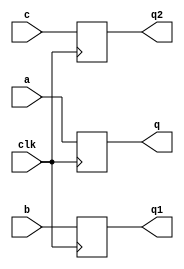
`timescale 1ns / 1ps
//////////////////////////////////////////////////////////////////////////////////
// Company: 
// Engineer: 
// 
// Design Name: 
// Module Name: carry_pipe
// Project Name: 
// Target Devices: 
// Tool Versions: 
// Description: 
// 
// Dependencies: 
// 
// Revision:
// Revision 0.01 - File Created
// Additional Comments:
// 
//////////////////////////////////////////////////////////////////////////////////
module d_ff ( a,b,c, clk, q,q1,q2);
   input a,b,c,clk;
   output q, q1,q2;
   wire clk;
   reg q, q1,q2;
     	 
   always @ (posedge clk)
   begin
    q <= a;
    q1<=b;
    q2 <= c;
 end

endmodule


module dff1 (s,cout,clk,q3,cout1);
   input s,clk,cout;
   output q3,cout1;
   wire clk;
   reg q3,cout1;
     	 
   always @ (posedge clk)
   begin
    q3 <= s;
    cout1 <= cout;
   
 end

endmodule


module carry_pipe(cout1,q3,a,b,cin,clk);
output [31:0]q3;
output cout1;
input [31:0]a,b;
input clk;
input cin;
wire [31:0]g,p,c,s;
wire cin1,cout;
wire [31:0]q,q1,q2,q3;

assign g=a&b;
assign p=a^b;

d_ff faa(a[0],b[0],cin,clk,q[0],q1[0],cin1);
assign c[0]=g[0]|(p[0]&cin);
d_ff f0(a[0],b[0],c[0],clk,q[0],q1[0],q2[0]);


assign c[1]=g[1]|(p[1]&(g[0]|(p[0]&cin)));
d_ff f1(a[1],b[1],c[1],clk,q[1],q1[1],q2[1]);

assign c[2]=g[2]|(p[2]&(g[1]|(p[1]&(g[0]|(p[0]&cin)))));
d_ff f2(a[2],b[2],c[2],clk,q[2],q1[2],q2[2]);

assign c[3]=g[3]|(p[3]&(g[2]|(p[2]&(g[1]|(p[1]&(g[0]|(p[0]&cin)))))));
d_ff f3(a[3],b[3],c[3],clk,q[3],q1[3],q2[3]);

assign c[4]=g[4]|(p[4]&(g[3]|(p[3]&(g[2]|(p[2]&(g[1]|(p[1]&(g[0]|(p[0]&cin)))))))));
d_ff f4(a[4],b[4],c[4],clk,q[4],q1[4],q2[4]);

assign c[5]=g[5]|(p[5]&(g[4]|(p[4]&(g[3]|(p[3]&(g[2]|(p[2]&(g[1]|(p[1]&(g[0]|(p[0]&cin)))))))))));
d_ff f5(a[5],b[5],c[5],clk,q[5],q1[5],q2[5]);

assign c[6]=g[6]|(p[6]&(g[5]|(p[5]&(g[4]|(p[4]&(g[3]|(p[3]&(g[2]|(p[2]&(g[1]|(p[1]&(g[0]|(p[0]&cin)))))))))))));
d_ff f6(a[6],b[6],c[6],clk,q[6],q1[6],q2[6]);

assign c[7]=g[7]|(p[7]&(g[6]|(p[6]&(g[5]|(p[5]&(g[4]|(p[4]&(g[3]|(p[3]&(g[2]|(p[2]&(g[1]|(p[1]&(g[0]|(p[0]&cin)))))))))))))));
d_ff f7(a[7],b[7],c[7],clk,q[7],q1[7],q2[7]);

assign c[8]=g[8]|(p[8]&(g[7]|(p[7]&(g[6]|(p[6]&(g[5]|(p[5]&(g[4]|(p[4]&(g[3]|(p[3]&(g[2]|(p[2]&(g[1]|(p[1]&(g[0]|(p[0]&cin)))))))))))))))));
d_ff f8(a[8],b[8],c[8],clk,q[8],q1[8],q2[8]);

assign c[9]=g[9]|(p[9]&(g[8]|(p[8]&(g[7]|(p[7]&(g[6]|(p[6]&(g[5]|(p[5]&(g[4]|(p[4]&(g[3]|(p[3]&(g[2]|(p[2]&(g[1]|(p[1]&(g[0]|(p[0]&cin)))))))))))))))))));
d_ff f9(a[9],b[9],c[9],clk,q[9],q1[9],q2[9]);

assign c[10]=g[10]|(p[10]&(g[9]|(p[9]&(g[8]|(p[8]&(g[7]|(p[7]&(g[6]|(p[6]&(g[5]|(p[5]&(g[4]|(p[4]&(g[3]|(p[3]&(g[2]|(p[2]&(g[1]|(p[1]&(g[0]|(p[0]&cin)))))))))))))))))))));
d_ff f10(a[10],b[10],c[10],clk,q[10],q1[10],q2[10]);

assign c[11]=g[11]|(p[11]&(g[10]|(p[10]&(g[9]|(p[9]&(g[8]|(p[8]&(g[7]|(p[7]&(g[6]|(p[6]&(g[5]|(p[5]&(g[4]|(p[4]&(g[3]|(p[3]&(g[2]|(p[2]&(g[1]|(p[1]&(g[0]|(p[0]&cin)))))))))))))))))))))));
d_ff f11(a[11],b[11],c[11],clk,q[11],q1[11],q2[11]);

assign c[12]=g[12]|(p[12]&(g[11]|(p[11]&(g[10]|(p[10]&(g[9]|(p[9]&(g[8]|(p[8]&(g[7]|(p[7]&(g[6]|(p[6]&(g[5]|(p[5]&(g[4]|(p[4]&(g[3]|(p[3]&(g[2]|(p[2]&(g[1]|(p[1]&(g[0]|(p[0]&cin)))))))))))))))))))))))));
d_ff f12(a[12],b[12],c[12],clk,q[12],q1[12],q2[12]);

assign c[13]=g[13]|(p[13]&(g[12]|(p[12]&(g[11]|(p[11]&(g[10]|(p[10]&(g[9]|(p[9]&(g[8]|(p[8]&(g[7]|(p[7]&(g[6]|(p[6]&(g[5]|(p[5]&(g[4]|(p[4]&(g[3]|(p[3]&(g[2]|(p[2]&(g[1]|(p[1]&(g[0]|(p[0]&cin)))))))))))))))))))))))))));
d_ff f13(a[13],b[13],c[13],clk,q[13],q1[13],q2[13]);

assign c[14]=g[14]|(p[14]&(g[13]|(p[13]&(g[12]|(p[12]&(g[11]|(p[11]&(g[10]|(p[10]&(g[9]|(p[9]&(g[8]|(p[8]&(g[7]|(p[7]&(g[6]|(p[6]&(g[5]|(p[5]&(g[4]|(p[4]&(g[3]|(p[3]&(g[2]|(p[2]&(g[1]|(p[1]&(g[0]|(p[0]&cin)))))))))))))))))))))))))))));
d_ff f14(a[14],b[14],c[14],clk,q[14],q1[14],q2[14]);

assign c[15]=g[15]|(p[15]&(g[14]|(p[14]&(g[13]|(p[13]&(g[12]|(p[12]&(g[11]|(p[11]&(g[10]|(p[10]&(g[9]|(p[9]&(g[8]|(p[8]&(g[7]|(p[7]&(g[6]|(p[6]&(g[5]|(p[5]&(g[4]|(p[4]&(g[3]|(p[3]&(g[2]|(p[2]&(g[1]|(p[1]&(g[0]|(p[0]&cin)))))))))))))))))))))))))))))));
d_ff f15(a[15],b[15],c[15],clk,q[15],q1[15],q2[15]);

assign c[16]=g[16]|(p[16]&(g[15]|(p[15]&(g[14]|(p[14]&(g[13]|(p[13]&(g[12]|(p[12]&(g[11]|(p[11]&(g[10]|(p[10]&(g[9]|(p[9]&(g[8]|(p[8]&(g[7]|(p[7]&(g[6]|(p[6]&(g[5]|(p[5]&(g[4]|(p[4]&(g[3]|(p[3]&(g[2]|(p[2]&(g[1]|(p[1]&(g[0]|(p[0]&cin)))))))))))))))))))))))))))))))));
d_ff f16(a[16],b[16],c[16],clk,q[16],q1[16],q2[16]);

assign c[17]=g[17]|(p[17]&(g[16]|(p[16]&(g[15]|(p[15]&(g[14]|(p[14]&(g[13]|(p[13]&(g[12]|(p[12]&(g[11]|(p[11]&(g[10]|(p[10]&(g[9]|(p[9]&(g[8]|(p[8]&(g[7]|(p[7]&(g[6]|(p[6]&(g[5]|(p[5]&(g[4]|(p[4]&(g[3]|(p[3]&(g[2]|(p[2]&(g[1]|(p[1]&(g[0]|(p[0]&cin)))))))))))))))))))))))))))))))))));
d_ff f17(a[17],b[17],c[17],clk,q[17],q1[17],q2[17]);

assign c[18]=g[18]|(p[18]&(g[17]|(p[17]&(g[16]|(p[16]&(g[15]|(p[15]&(g[14]|(p[14]&(g[13]|(p[13]&(g[12]|(p[12]&(g[11]|(p[11]&(g[10]|(p[10]&(g[9]|(p[9]&(g[8]|(p[8]&(g[7]|(p[7]&(g[6]|(p[6]&(g[5]|(p[5]&(g[4]|(p[4]&(g[3]|(p[3]&(g[2]|(p[2]&(g[1]|(p[1]&(g[0]|(p[0]&cin)))))))))))))))))))))))))))))))))))));
d_ff f18(a[18],b[18],c[18],clk,q[18],q1[18],q2[18]);

assign c[19]=g[19]|(p[19]&g[18]|(p[18]&(g[17]|(p[17]&(g[16]|(p[16]&(g[15]|(p[15]&(g[14]|(p[14]&(g[13]|(p[13]&(g[12]|(p[12]&(g[11]|(p[11]&(g[10]|(p[10]&(g[9]|(p[9]&(g[8]|(p[8]&(g[7]|(p[7]&(g[6]|(p[6]&(g[5]|(p[5]&(g[4]|(p[4]&(g[3]|(p[3]&(g[2]|(p[2]&(g[1]|(p[1]&(g[0]|(p[0]&cin))))))))))))))))))))))))))))))))))))));
d_ff f19(a[19],b[19],c[19],clk,q[19],q1[19],q2[19]);

assign c[20]=g[20]|(g[20]&(g[19]|(p[19]&g[18]|(p[18]&(g[17]|(p[17]&(g[16]|(p[16]&(g[15]|(p[15]&(g[14]|(p[14]&(g[13]|(p[13]&(g[12]|(p[12]&(g[11]|(p[11]&(g[10]|(p[10]&(g[9]|(p[9]&(g[8]|(p[8]&(g[7]|(p[7]&(g[6]|(p[6]&(g[5]|(p[5]&(g[4]|(p[4]&(g[3]|(p[3]&(g[2]|(p[2]&(g[1]|(p[1]&(g[0]|(p[0]&cin))))))))))))))))))))))))))))))))))))))));
d_ff f20(a[20],b[20],c[20],clk,q[20],q1[20],q2[20]);

assign c[21]=g[21]|(p[21]&(g[20]|(g[20]&(g[19]|(p[19]&g[18]|(p[18]&(g[17]|(p[17]&(g[16]|(p[16]&(g[15]|(p[15]&(g[14]|(p[14]&(g[13]|(p[13]&(g[12]|(p[12]&(g[11]|(p[11]&(g[10]|(p[10]&(g[9]|(p[9]&(g[8]|(p[8]&(g[7]|(p[7]&(g[6]|(p[6]&(g[5]|(p[5]&(g[4]|(p[4]&(g[3]|(p[3]&(g[2]|(p[2]&(g[1]|(p[1]&(g[0]|(p[0]&cin))))))))))))))))))))))))))))))))))))))))));
d_ff f21(a[21],b[21],c[21],clk,q[21],q1[21],q2[21]);

assign c[22]=g[22]|(p[22]&(g[21]|(p[21]&(g[20]|(g[20]&(g[19]|(p[19]&g[18]|(p[18]&(g[17]|(p[17]&(g[16]|(p[16]&(g[15]|(p[15]&(g[14]|(p[14]&(g[13]|(p[13]&(g[12]|(p[12]&(g[11]|(p[11]&(g[10]|(p[10]&(g[9]|(p[9]&(g[8]|(p[8]&(g[7]|(p[7]&(g[6]|(p[6]&(g[5]|(p[5]&(g[4]|(p[4]&(g[3]|(p[3]&(g[2]|(p[2]&(g[1]|(p[1]&(g[0]|(p[0]&cin))))))))))))))))))))))))))))))))))))))))))));
d_ff f22(a[22],b[22],c[22],clk,q[22],q1[22],q2[22]);

assign c[23]=g[23]|(p[23]&(g[22]|(p[22]&(g[21]|(p[21]&(g[20]|(g[20]&(g[19]|(p[19]&g[18]|(p[18]&(g[17]|(p[17]&(g[16]|(p[16]&(g[15]|(p[15]&(g[14]|(p[14]&(g[13]|(p[13]&(g[12]|(p[12]&(g[11]|(p[11]&(g[10]|(p[10]&(g[9]|(p[9]&(g[8]|(p[8]&(g[7]|(p[7]&(g[6]|(p[6]&(g[5]|(p[5]&(g[4]|(p[4]&(g[3]|(p[3]&(g[2]|(p[2]&(g[1]|(p[1]&(g[0]|(p[0]&cin))))))))))))))))))))))))))))))))))))))))))))));
d_ff f23(a[23],b[23],c[23],clk,q[23],q1[23],q2[23]);

assign c[24]=g[24]|(p[24]&(g[23]|(p[23]&(g[22]|(p[22]&(g[21]|(p[21]&(g[20]|(g[20]&(g[19]|(p[19]&g[18]|(p[18]&(g[17]|(p[17]&(g[16]|(p[16]&(g[15]|(p[15]&(g[14]|(p[14]&(g[13]|(p[13]&(g[12]|(p[12]&(g[11]|(p[11]&(g[10]|(p[10]&(g[9]|(p[9]&(g[8]|(p[8]&(g[7]|(p[7]&(g[6]|(p[6]&(g[5]|(p[5]&(g[4]|(p[4]&(g[3]|(p[3]&(g[2]|(p[2]&(g[1]|(p[1]&(g[0]|(p[0]&cin))))))))))))))))))))))))))))))))))))))))))))))));
d_ff f24(a[24],b[24],c[24],clk,q[24],q1[24],q2[24]);

assign c[25]=g[25]|(p[25]&(g[24]|(p[24]&(g[23]|(p[23]&(g[22]|(p[22]&(g[21]|(p[21]&(g[20]|(g[20]&(g[19]|(p[19]&g[18]|(p[18]&(g[17]|(p[17]&(g[16]|(p[16]&(g[15]|(p[15]&(g[14]|(p[14]&(g[13]|(p[13]&(g[12]|(p[12]&(g[11]|(p[11]&(g[10]|(p[10]&(g[9]|(p[9]&(g[8]|(p[8]&(g[7]|(p[7]&(g[6]|(p[6]&(g[5]|(p[5]&(g[4]|(p[4]&(g[3]|(p[3]&(g[2]|(p[2]&(g[1]|(p[1]&(g[0]|(p[0]&cin))))))))))))))))))))))))))))))))))))))))))))))))));
d_ff f25(a[25],b[25],c[25],clk,q[25],q1[25],q2[25]);

assign c[26]=g[26]|(p[26]&(g[25]|(p[25]&(g[24]|(p[24]&(g[23]|(p[23]&(g[22]|(p[22]&(g[21]|(p[21]&(g[20]|(g[20]&(g[19]|(p[19]&g[18]|(p[18]&(g[17]|(p[17]&(g[16]|(p[16]&(g[15]|(p[15]&(g[14]|(p[14]&(g[13]|(p[13]&(g[12]|(p[12]&(g[11]|(p[11]&(g[10]|(p[10]&(g[9]|(p[9]&(g[8]|(p[8]&(g[7]|(p[7]&(g[6]|(p[6]&(g[5]|(p[5]&(g[4]|(p[4]&(g[3]|(p[3]&(g[2]|(p[2]&(g[1]|(p[1]&(g[0]|(p
[0]&cin))))))))))))))))))))))))))))))))))))))))))))))))))));
d_ff f26(a[26],b[26],c[26],clk,q[26],q1[26],q2[26]);

assign c[27]=g[27]|(p[27]&(g[26]|(p[26]&(g[25]|(p[25]&(g[24]|(p[24]&(g[23]|(p[23]&(g[22]|(p[22]&(g[21]|(p[21]&(g[20]|(g[20]&(g[19]|(p[19]&g[18]|(p[18]&(g[17]|(p[17]&(g[16]|(p[16]&(g[15]|(p[15]&(g[14]|(p[14]&(g[13]|(p[13]&(g[12]|(p[12]&(g[11]|(p[11]&(g[10]|(p[10]&(g[9]|(p[9]&(g[8]|(p[8]&(g[7]|(p[7]&(g[6]|(p[6]&(g[5]|(p[5]&(g[4]|(p[4]&(g[3]|(p[3]&(g[2]|(p[2]&(g[1]|(p[1]&(g[0]|(p[0]&cin))))))))))))))))))))))))))))))))))))))))))))))))))))));
d_ff f27(a[27],b[27],c[27],clk,q[27],q1[27],q2[27]);

assign c[28]=g[28]|(p[28]&(g[27]|(p[27]&(g[26]|(p[26]&(g[25]|(p[25]&(g[24]|(p[24]&(g[23]|(p[23]&(g[22]|(p[22]&(g[21]|(p[21]&(g[20]|(g[20]&(g[19]|(p[19]&g[18]|(p[18]&(g[17]|(p[17]&(g[16]|(p[16]&(g[15]|(p[15]&(g[14]|(p[14]&(g[13]|(p[13]&(g[12]|(p[12]&(g[11]|(p[11]&(g[10]|(p[10]&(g[9]|(p[9]&(g[8]|(p[8]&(g[7]|(p[7]&(g[6]|(p[6]&(g[5]|(p[5]&(g[4]|(p[4]&(g[3]|(p[3]&(g[2]|(p[2]&(g[1]|(p[1]&(g[0]|(p[0]&cin))))))))))))))))))))))))))))))))))))))))))))))))))))))));
d_ff f28(a[28],b[28],c[28],clk,q[28],q1[28],q2[28]);

assign c[29]=g[29]|(p[29]&(g[28]|(p[28]&(g[27]|(p[27]&(g[26]|(p[26]&(g[25]|(p[25]&(g[24]|(p[24]&(g[23]|(p[23]&(g[22]|(p[22]&(g[21]|(p[21]&(g[20]|(g[20]&(g[19]|(p[19]&g[18]|(p[18]&(g[17]|(p[17]&(g[16]|(p[16]&(g[15]|(p[15]&(g[14]|(p[14]&(g[13]|(p[13]&(g[12]|(p[12]&(g[11]|(p[11]&(g[10]|(p[10]&(g[9]|(p[9]&(g[8]|(p[8]&(g[7]|(p[7]&(g[6]|(p[6]&(g[5]|(p[5]&(g[4]|(p[4]&(g[3]|(p[3]&(g[2]|(p[2]&(g[1]|(p[1]&(g[0]|(p[0]&cin))))))))))))))))))))))))))))))))))))))))))))))))))))))))));
d_ff f29(a[29],b[29],c[29],clk,q[29],q1[29],q2[29]);

assign c[30]=g[30]|(p[30]&(g[29]|(p[29]&(g[28]|(p[28]&(g[27]|(p[27]&(g[26]|(p[26]&(g[25]|(p[25]&(g[24]|(p[24]&(g[23]|(p[23]&(g[22]|(p[22]&(g[21]|(p[21]&(g[20]|(g[20]&(g[19]|(p[19]&g[18]|(p[18]&(g[17]|(p[17]&(g[16]|(p[16]&(g[15]|(p[15]&(g[14]|(p[14]&(g[13]|(p[13]&(g[12]|(p[12]&(g[11]|(p[11]&(g[10]|(p[10]&(g[9]|(p[9]&(g[8]|(p[8]&(g[7]|(p[7]&(g[6]|(p[6]&(g[5]|(p[5]&(g[4]|(p[4]&(g[3]|(p[3]&(g[2]|(p[2]&(g[1]|(p[1]&(g[0]|(p[0]&cin))))))))))))))))))))))))))))))))))))))))))))))))))))))))))));
d_ff f30(a[30],b[30],c[30],clk,q[30],q1[30],q2[30]);

assign c[31]=g[31]|(p[31]&(g[30]|(p[30]&(g[29]|(p[29]&(g[28]|(p[28]&(g[27]|(p[27]&(g[26]|(p[26]&(g[25]|(p[25]&(g[24]|(p[24]&(g[23]|(p[23]&(g[22]|(p[22]&(g[21]|(p[21]&(g[20]|(g[20]&(g[19]|(p[19]&g[18]|(p[18]&(g[17]|(p[17]&(g[16]|(p[16]&(g[15]|(p[15]&(g[14]|(p[14]&(g[13]|(p[13]&(g[12]|(p[12]&(g[11]|(p[11]&(g[10]|(p[10]&(g[9]|(p[9]&(g[8]|(p[8]&(g[7]|(p[7]&(g[6]|(p[6]&(g[5]|(p[5]&(g[4]|(p[4]&(g[3]|(p[3]&(g[2]|(p[2]&(g[1]|(p[1]&(g[0]|(p[0]&cin))))))))))))))))))))))))))))))))))))))))))))))))))))))))))))));
d_ff f31(a[31],b[31],c[31],clk,q[31],q1[31],q2[31]);







assign s[0]=q[0]^q1[0]^cin1;
assign s[1]=q[1]^q1[1]^q2[0];
assign s[2]=q[2]^q1[2]^q2[1];
assign s[3]=q[3]^q1[3]^q2[2];
assign s[4]=q[4]^q1[4]^q2[3];
assign s[5]=q[5]^q1[5]^q2[4];
assign s[6]=q[6]^q1[6]^q2[5];
assign s[7]=q[7]^q1[7]^q2[6];
assign s[8]=q[8]^q1[8]^q2[7];
assign s[9]=q[9]^q1[9]^q2[8];
assign s[10]=q[10]^q1[10]^q2[9];
assign s[11]=q[11]^q1[11]^q2[10]; 
assign s[12]=q[12]^q1[12]^q2[11];
assign s[13]=q[13]^q1[13]^q2[12];
assign s[14]=q[14]^q1[14]^q2[13];
assign s[15]=q[15]^q1[15]^q2[14];
assign s[16]=q[16]^q1[16]^q2[15];
assign s[17]=q[17]^q1[17]^q2[16];
assign s[18]=q[18]^q1[18]^q2[17];
assign s[19]=q[19]^q1[19]^q2[18];
assign s[20]=q[20]^q1[20]^q2[19];
assign s[21]=q[21]^q1[21]^q2[20];
assign s[22]=q[22]^q1[22]^q2[21];
assign s[23]=q[23]^q1[23]^q2[22];
assign s[24]=q[24]^q1[24]^q2[23];
assign s[25]=q[25]^q1[25]^q2[24];
assign s[26]=q[26]^q1[26]^q2[25];
assign s[27]=q[27]^q1[27]^q2[26];
assign s[28]=q[28]^q1[28]^q2[27];
assign s[29]=q[29]^q1[29]^q2[28];
assign s[30]=q[30]^q1[30]^q2[29];
assign s[31]=q[31]^q1[31]^q2[30];
assign cout=q2[31];

dff1 ob(s[0],cout,clk,q3[0],cout1);
dff1 ob1(s[1],cout,clk,q3[1],cout1);
dff1 ob2(s[2],cout,clk,q3[2],cout1);
dff1 ob3(s[3],cout,clk,q3[3],cout1);
dff1 ob111(s[4],cout,clk,q3[4],cout1);
dff1 ob4(s[5],cout,clk,q3[5],cout1);
dff1 ob5(s[6],cout,clk,q3[6],cout1);
dff1 ob6(s[7],cout,clk,q3[7],cout1);
dff1 ob7(s[8],cout,clk,q3[8],cout1);
dff1 ob8(s[9],cout,clk,q3[9],cout1);
dff1 ob9(s[10],cout,clk,q3[10],cout1);
dff1 ob10(s[11],cout,clk,q3[11],cout1);
dff1 ob11(s[12],cout,clk,q3[12],cout1);
dff1 ob12(s[13],cout,clk,q3[13],cout1);
dff1 ob13(s[14],cout,clk,q3[14],cout1);
dff1 ob14(s[15],cout,clk,q3[15],cout1);
dff1 ob15(s[16],cout,clk,q3[16],cout1);
dff1 ob16(s[17],cout,clk,q3[17],cout1);
dff1 ob17(s[18],cout,clk,q3[18],cout1);
dff1 ob18(s[19],cout,clk,q3[19],cout1);
dff1 ob19(s[20],cout,clk,q3[20],cout1);
dff1 ob20(s[21],cout,clk,q3[21],cout1);
dff1 ob21(s[22],cout,clk,q3[22],cout1);
dff1 ob22(s[23],cout,clk,q3[23],cout1);
dff1 ob23(s[24],cout,clk,q3[24],cout1);
dff1 ob24(s[25],cout,clk,q3[25],cout1);
dff1 ob25(s[26],cout,clk,q3[26],cout1);
dff1 ob26(s[27],cout,clk,q3[27],cout1);
dff1 ob27(s[28],cout,clk,q3[28],cout1);
dff1 ob28(s[29],cout,clk,q3[29],cout1);
dff1 ob29(s[30],cout,clk,q3[30],cout1);
dff1 ob30(s[31],cout,clk,q3[31],cout1);





endmodule